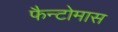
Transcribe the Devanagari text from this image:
फैन्टोमास